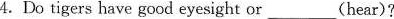
4.Do tigers have good eyesight or___(hear)?